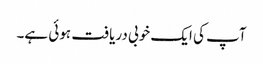
آپ کی ایک خوبی دریافت ہوئی ہے۔